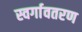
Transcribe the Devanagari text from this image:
स्वर्गावतरण